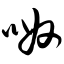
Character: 呶